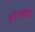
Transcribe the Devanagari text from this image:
कुटनीतीज्ञ